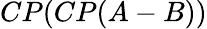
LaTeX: CP(CP(A-B))